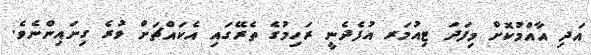
އަދި އާއްމުކޮށް މިފަދަ ޓިއުމަރ އުފެދެނީ ރަހިމުގެ ތެރޭގައި އެކައްޗަށް ވުރެ ގިނައިންނެވެ.